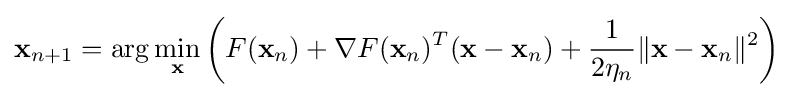
\mathbf {x} _{n+1}=\arg \min _{\mathbf {x} }\left(F(\mathbf {x} _{n})+\nabla F(\mathbf {x} _{n})^{T}(\mathbf {x} -\mathbf {x} _{n})+{\frac {1}{2\eta _{n}}}\|\mathbf {x} -\mathbf {x} _{n}\|^{2}\right)